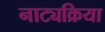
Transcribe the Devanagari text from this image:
नाट्यक्रिया